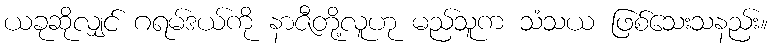
ယခုဆိုလျှင် ဂရမ်ဒယ်ကို နာဇီတို့လူဟု မည်သူက သံသယ ဖြစ်သေးသနည်း။